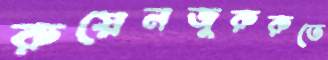
রুয়েনজুরুরুতে